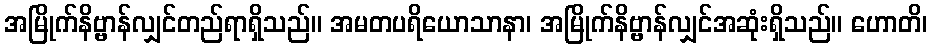
အမြိုက်နိဗ္ဗာန်လျှင်တည်ရာရှိသည်။ အမတပရိယောသာနာ၊ အမြိုက်နိဗ္ဗာန်လျှင်အဆုံးရှိသည်။ ဟောတိ၊